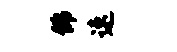
佛速